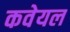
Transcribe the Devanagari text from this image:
कवेयल